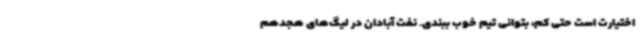
اختیارت است حتی کم، بتوانی تیم خوب ببندی. نفت آبادان در لیگ‌های هجدهم